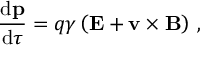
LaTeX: { \frac { \mathrm { d } \mathbf { p } } { \mathrm { d } \tau } } = q \gamma \left( \mathbf { E } + \mathbf { v } \times \mathbf { B } \right) \, ,